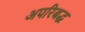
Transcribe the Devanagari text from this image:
अपरिबद्ध